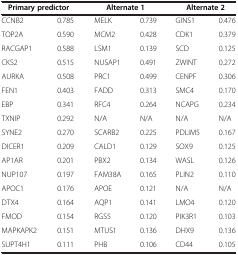
<table><thead><tr><td><b>Primary predictor</b></td><td><b> </b></td><td><b>Alternate 1</b></td><td><b> </b></td><td><b>Alternate 2</b></td><td><b> </b></td></tr></thead><tbody><tr><td>CCNB2</td><td>0.785</td><td>MELK</td><td>0.739</td><td>GINS1</td><td>0.476</td></tr><tr><td>TOP2A</td><td>0.590</td><td>MCM2</td><td>0.428</td><td>CDK1</td><td>0.379</td></tr><tr><td>RACGAP1</td><td>0.588</td><td>LSM1</td><td>0.139</td><td>SCD</td><td>0.125</td></tr><tr><td>CKS2</td><td>0.515</td><td>NUSAP1</td><td>0.491</td><td>ZWINT</td><td>0.272</td></tr><tr><td>AURKA</td><td>0.508</td><td>PRC1</td><td>0.499</td><td>CENPF</td><td>0.306</td></tr><tr><td>FEN1</td><td>0.403</td><td>FADD</td><td>0.313</td><td>SMC4</td><td>0.170</td></tr><tr><td>EBP</td><td>0.341</td><td>RFC4</td><td>0.264</td><td>NCAPG</td><td>0.234</td></tr><tr><td>TXNIP</td><td>0.292</td><td>N/A</td><td>N/A</td><td>N/A</td><td>N/A</td></tr><tr><td>SYNE2</td><td>0.270</td><td>SCARB2</td><td>0.225</td><td>PDLIM5</td><td>0.167</td></tr><tr><td>DICER1</td><td>0.209</td><td>CALD1</td><td>0.129</td><td>SOX9</td><td>0.125</td></tr><tr><td>AP1AR</td><td>0.201</td><td>PBX2</td><td>0.134</td><td>WASL</td><td>0.126</td></tr><tr><td>NUP107</td><td>0.197</td><td>FAM38A</td><td>0.165</td><td>PLIN2</td><td>0.110</td></tr><tr><td>APOC1</td><td>0.176</td><td>APOE</td><td>0.121</td><td>N/A</td><td>N/A</td></tr><tr><td>DTX4</td><td>0.164</td><td>AQP1</td><td>0.141</td><td>LMO4</td><td>0.120</td></tr><tr><td>FMOD</td><td>0.154</td><td>RGS5</td><td>0.120</td><td>PIK3R1</td><td>0.103</td></tr><tr><td>MAPKAPK2</td><td>0.151</td><td>MTUS1</td><td>0.136</td><td>DHX9</td><td>0.136</td></tr><tr><td>SUPT4H1</td><td>0.111</td><td>PHB</td><td>0.106</td><td>CD44</td><td>0.105</td></tr></tbody></table>